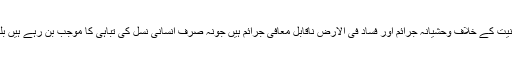
اجلاس کے بعد مشترکہ اعلامیہ جاری کرتے ہوئے کہا گیا کہ دہشت گردی، انسانیت کے خلاف وحشیانہ جرائم اور فساد فی الارض ناقابل معافی جرائم ہیں جونہ صرف انسانی نسل کی تباہی کا موجب بن رہے ہیں بلکہ بنیادی حقوق کی پامالی اور انسانی عزت واحترام کے لئے بھی خطرناک ہیں ۔